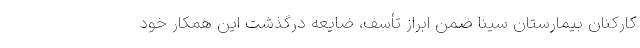
کارکنان بیمارستان سینا ضمن ابراز تأسف، ضایعه درگذشت این همکار خود